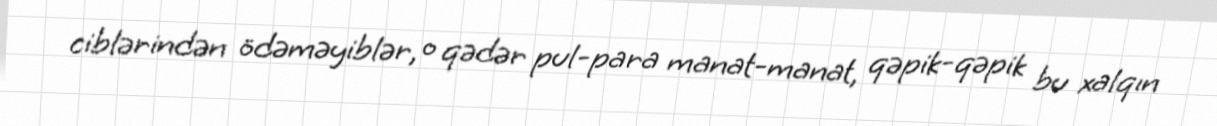
ciblərindən ödəməyiblər, o qədər pul-para manat-manat, qəpik-qəpik bu xalqın